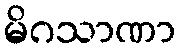
မိဂသာဏာ